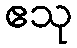
ဧသု